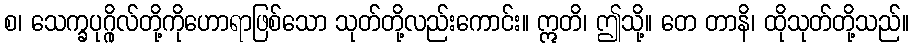
စ၊ သေက္ခပုဂ္ဂိုလ်တို့ကိုဟောရာဖြစ်သော သုတ်တို့လည်းကောင်း။ ဣတိ၊ ဤသို့။ တေ တာနိ၊ ထိုသုတ်တို့သည်။